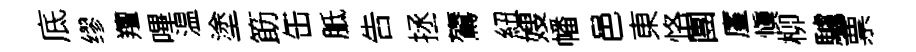
底缪羶嗶温塗筯缶胝告拯鷟紐嫂幡邑東恪團廑愼柳驢票